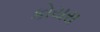
કોયરા